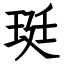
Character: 珽